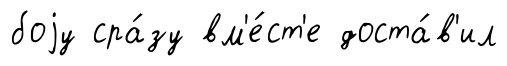
боjу сра́зу вм'е́ст'е доста́в'ил